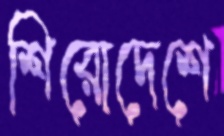
শিরোদেশে